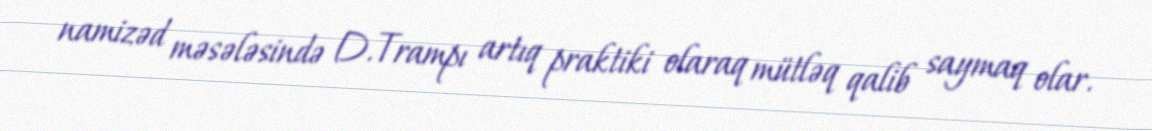
namizəd məsələsində D.Trampı artıq praktiki olaraq mütləq qalib saymaq olar.